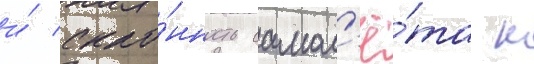
и́ скло́нность самол'ё́та к